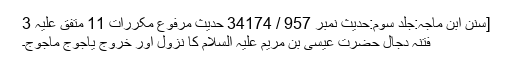
[سنن ابن ماجہ:جلد سوم:حدیث نمبر 957 / 34174 حدیث مرفوع مکررات 11 متفق علیہ 3
فتنہ دجال حضرت عیسیٰ بن مریم علیہ السلام کا نزول اور خروج یاجوج ماجوج۔